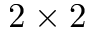
2 \times 2